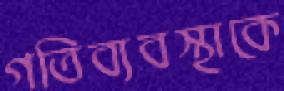
গতিব্যবস্থাকে